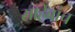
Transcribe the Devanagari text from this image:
साहेबांच